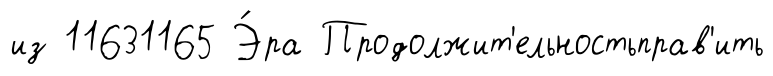
из 11631165 Э́ра Продолжит'ельностьправ'ить